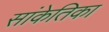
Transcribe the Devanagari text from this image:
सांकेतिका